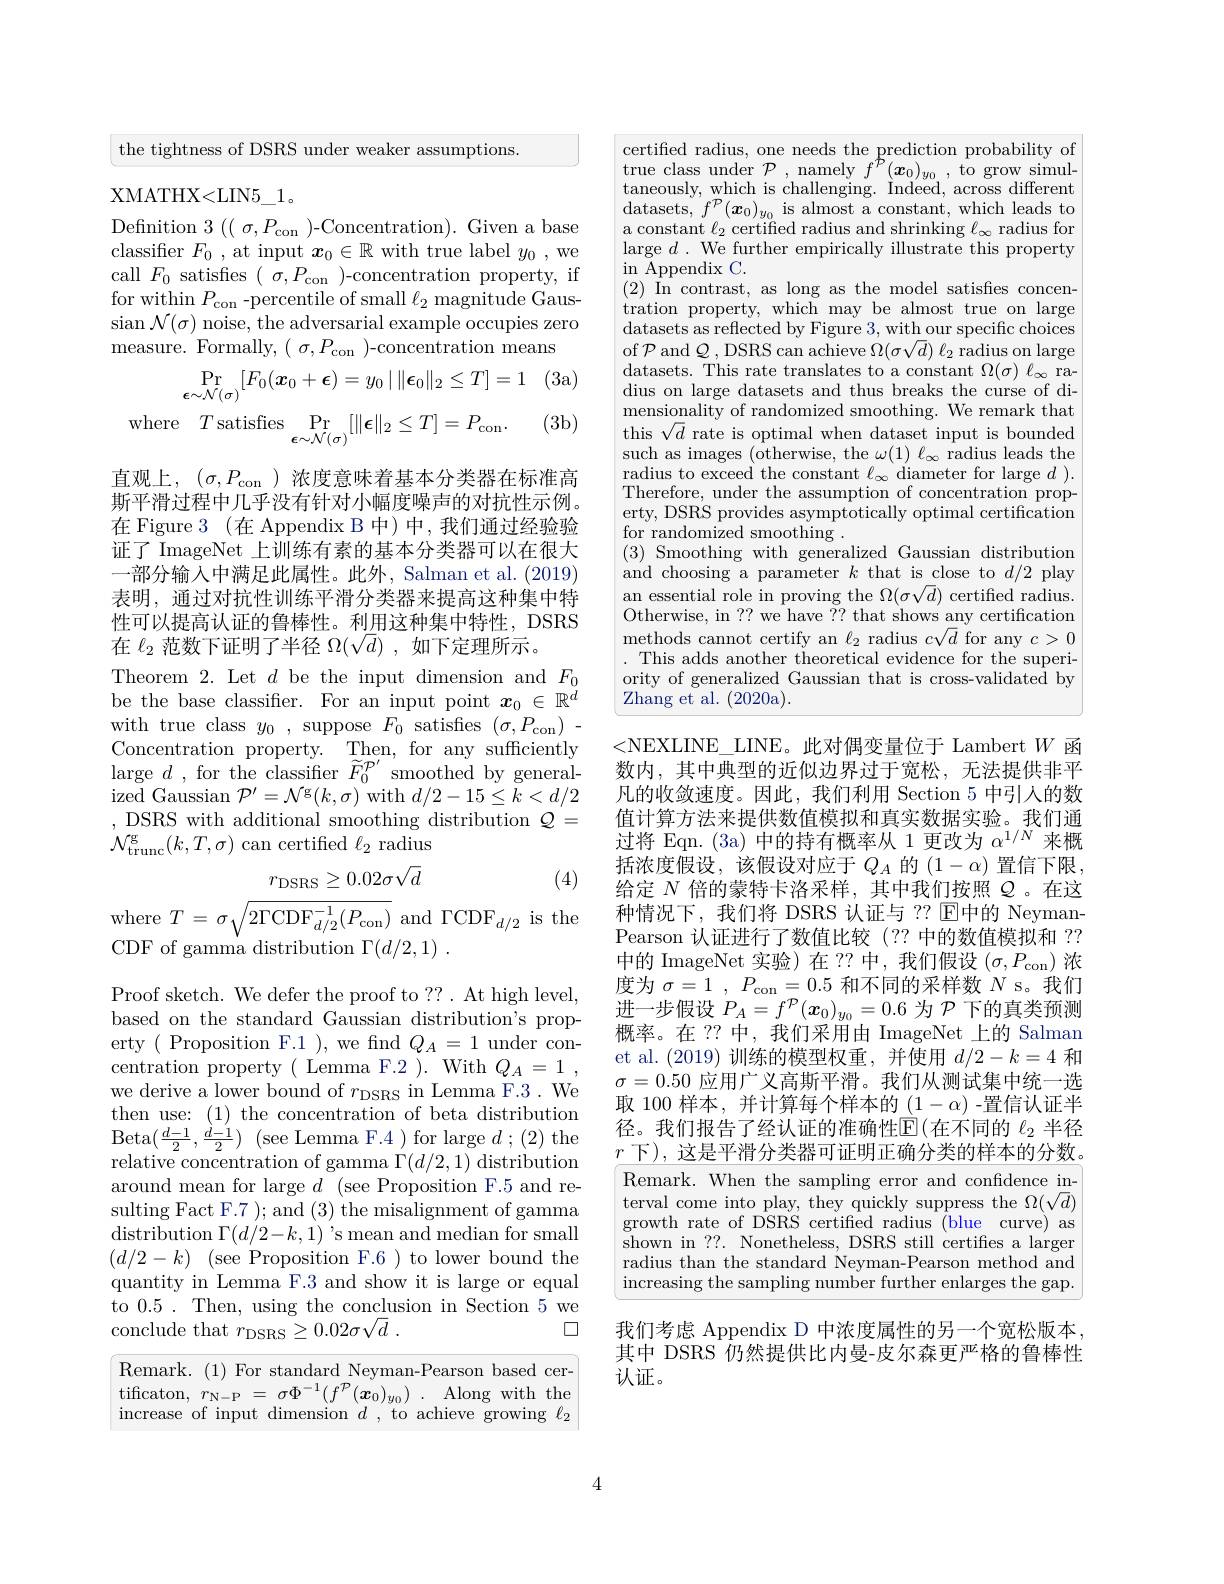
the tightness of DSRS under weaker assumptions.

XMATHX< LIN5$\_$1.
$Defnition $3(($ $\sigma,P_\mathrm{con}$ )-Concentration).$ Given a base classifer $F_0$, at input $x_0\in\mathbb{R}$ with true label $y_0$,we call$F_0$satisfies$(\sigma,P_{\mathrm{con}})$-concentration property, if for within $P_{\mathrm{con~-percentile~of~small~}\ell_{2}}$ magnitude Gaus- $\sin{\mathcal{N}}(\sigma)$ noise, the adversarial example occupies zero measure. Formally, ( $\sigma , P_{\mathrm{con}}$ )-concentration means

(3a)
$$\operatorname*{Pr}_{\epsilon\sim\mathcal{N}(\sigma)}[F_{0}(\boldsymbol{x}_{0}+\boldsymbol{\epsilon})=y_{0}\mid\|\boldsymbol{\epsilon}_{0}\|_{2}\leq T]=1\\\mathrm{e}\quad T\mathrm{~satisfies}\operatorname*{Pr}_{\epsilon\sim\mathcal{N}(\sigma)}[\|\boldsymbol{\epsilon}\|_{2}\leq T]=P_{\mathrm{con}}.$$
(3b)

直观上，$(\sigma,P_\mathrm{con}$)浓度意味着基本分类器在标准高斯平滑过程中几乎没有针对小幅度噪声的对抗性示例。在 Figure 3 (在 Appendix B 中)中，我们通过经验验证了 ImageNet 上训练有素的基本分类器可以在很大一部分输入中满足此属性。此外，Salman et al. (2019) 表明，通过对抗性训练平滑分类器来提高这种集中特性可以提高认证的鲁棒性。利用这种集中特性，DSRS 在$\ell_2$范数下证明了半径$\Omega(\sqrt d)$,如下定理所示。
Theorem 2. Let $d$ be the input dimension and $F_0$ be the base classifier. For an input point $\boldsymbol x_0\in\mathbb{R}^{\breve{d}}$ with true class $y_0$, suppose $F_0$ satisfies $(\sigma,P_{\mathrm{con}}).$ Concentration property. Then, for any sufficiently large $d$ , for the classifier $\tilde{F}_{0}^{\mathcal{P}^{\prime}}$ smoothed by general- $\mathop{\mathrm{ized~Gaussian~}}\mathcal{P}^{\prime}=\mathcal{N}^{\mathrm{g}}(k,\sigma)\mathop{\mathrm{with~}}d/2-15\leq k<d/2$ ,DSRS with additional smoothing distribution $Q=$ $\mathcal{N}_{\mathrm{trunc}}^{\mathrm{g}}(k,T,\sigma)$ can certified $\ell_2$ radius
$$r_{\mathrm{DSRS}}\geq0.02\sigma\sqrt d$$
(4)

where $T=\sigma\sqrt{2\Gamma\mathrm{CDF}_{d/2}^{-1}(P_{\mathrm{con}})}$ and $\Gamma\mathrm{CDF}_{d/2}$ is the

CDF of gamma distribution $\Gamma ( d/ 2, 1)$ .

Proof sketch. We defer the proof to ??. At high level, based on the standard Gaussian distribution's property (Proposition F.1 ), we find $Q_A=1$ under con- $\begin{array}{l}{\mathrm{centration~property~(~Lemma~F.2~).~With~}Q_{A}=1~,}\\{\mathrm{we~derive~a~lower~bound~of~}r_{\mathrm{DSRS~in~Lemma~F.3~.~We}}}\\{\mathrm{we~derive~a~lower~bound~of~}r_{\mathrm{DSRS~in~Lemma~F.3~.~We}}}\end{array}$ then use: (1) the concentration of beta distribution $\operatorname{Beta}(\frac{d-1}{2},\frac{\dot{d}-1}{2})~(\operatorname{see}\operatorname{Lemma}\operatorname{F.4})~\operatorname{for}\operatorname{large}d~;~(2)~$the relative concentration of gamma $\Gamma(d/2,1)$ distribution around mean for large $d$ (see Proposition F.5 and resulting Fact F.7 ); and (3) the misalignment of gamma $\operatorname* { distribution} \Gamma ( d/ 2- k, 1) ^{\prime }$s mean and median for small $( d/ 2- k) \allowbreak ( {\mathrm{mod}} $see Proposition F. 6)to lower bound the quantity in Lemma F.3 and show it is large or equal to 0.5. Then, using the conclusion in Section 5 we
$\square$
conclude that $r_\mathrm{DSRS}\geq 0. 02\sigma \sqrt {d}$ .

Remark. (1) For standard Neyman-Pearson based certificaton,$r_{\mathrm{N-P}}=\sigma\Phi^{-1}(f^{\mathcal{P}}(\boldsymbol{x}_{0})$ increase of input dimension $d$ , to achieve growing $\ell_2$

certified radius, one needs the prediction probability of true class under $\mathcal{P}$, namely $f^{\mathcal{P}}(\boldsymbol x_0)_{y_0}$, to grow simultaneously, which is challenging. Indeed, across different datasets, $f^{\mathcal{P}}(\boldsymbol{x}_0)_{y_0}$ is almost a constant, which leads to a constant $\ell_2$ certified radius and shrinking $\ell_\infty$ radius for large $d.$ We further empirically illustrate this property $\operatorname{in}{\text{ Appendix C}}.$
$\begin{array}{ll}(2)&\mathrm{In~contrast,~as~long~as~the~model~sat}\end{array}$ datasets as reflected by Figure 3, with our specific choices of $\mathcal{P}$ and $\mathcal{Q}$,DSRS can achieve $\Omega(\sigma\sqrt d)\ell_2$ radius on large datasets. This rate translates to a constant $\Omega(\sigma)$ $\ell_\infty$ radius on large datasets and thus breaks the curse of dimensionality of randomized smoothing. We remark that this $\sqrt d$ rate is optimal when dataset input is bounded such as images (otherwise, the $\omega(1)\ell_\infty$ radius leads the $\begin{array}{l}\mathrm{radius~to~exceed~the~constant~}\ell_{\infty}&\mathrm{diameter~for~large~}d~).\\\mathrm{Therefore,~under~the~assumption~of~concentration~prop-}\end{array}$ erty, DSRS provides asymptotically optimal certification for randomized smoothing .
(3) Smoothing with generalized Gaussian distribution and choosing a parameter $k$ that is close to $d/2$ play an essential role in proving the $\Omega(\sigma\sqrt d)$ certified radius. Otherwise, in ?? we have ?? that shows any certification methods cannot certify an $\ell_2$ radius $c\sqrt d$ for any $c>0$ . This adds another theoretical evidence for the superiority of generalized Gaussian that is cross-validated by Zhang et al. (2020a).

<NEXLINE\_LINE。此对偶变量位于 Lambert $W$函数内，其中典型的近似边界过于宽松，无法提供非平凡的收敛速度。因此，我们利用 Section 5 中引人的数值计算方法来提供数值模拟和真实数据实验。我们通过将 Eqn. (3a) 中的持有概率从 1 更改为$\alpha^{1/N}$来概括浓度假设，该假设对应于$Q_A$ 的$(1-\alpha)$置信下限， 给定$N$倍的蒙特卡洛采样，其中我们按照$Q$。在这种情况下，我们将 DSRS 认证与 ?? $\mathbb{E}$中的 NeymanPearson 认证进行了数值比较(?? 中的数值模拟和 ?? 中的 ImageNet 实验)在？?中，我们假设$(\sigma,P_{\mathrm{con}})$浓度为$\sigma=1,P_{\mathrm{con}}=0.5$和不同的采样数$N$ s。我们进一步假设$P_A=f^{\mathcal{P}}(\boldsymbol{x}_0)_{y_0}=0.6$为$\mathcal{P}$下的真类预测概率。在 ?? 中，我们采用由 ImageNet 上的 Salman et al.(2019)训练的模型权重，并使用$d/2-k=4$和$\sigma=0.50$应用广义高斯平滑。我们从测试集中统一选取 100 样本，并计算每个样本的$(1-\alpha)$ -置信认证半径。我们报告了经认证的准确性$\operatorname{E}($在不同的 $\ell_2$ 半径$\underline{r\text{ 下), 这是平滑分类器可证明正确分类的样本的分数。}}$ Remark. When the sampling error and confidence interval come into play, they quickly suppress the $\Omega(\sqrt d)$ growth rate of DSRS certifed radius (blue curve) as shown in ??. Nonetheless, DSRS still certifies a larger radius than the standard Neyman-Pearson method and increasing the sampling number further enlarges the gap. 我们考虑 Appendix D 中浓度属性的另一个宽松版本

其中 DSRS 仍然提供比内曼-皮尔森更严格的鲁棒性
认证。

4